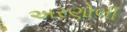
અરણોલી